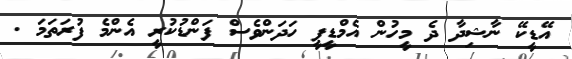
އޭޑީކޭ ނާޝިދާ ދެ މީހުން އެމްޑީޕީ ހަދަންވެސް ފަންޑުކުރީ އެންމެ ފުރަތަމަ .